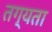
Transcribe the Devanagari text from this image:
तग्यता